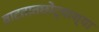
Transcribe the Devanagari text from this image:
वाटतातछोट्याश्या